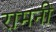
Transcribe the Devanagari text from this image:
रामनी